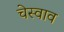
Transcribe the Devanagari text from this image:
चेस्वाव